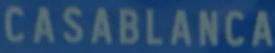
CASABLANCA